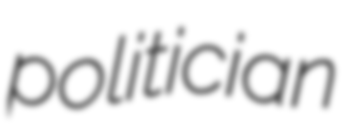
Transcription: politician